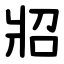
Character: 㸛